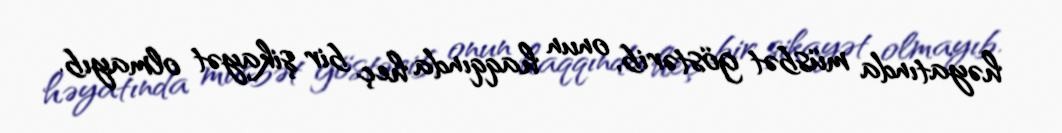
həyatında müsbət göstərib, onun haqqında heç bir şikayət olmayıb.